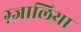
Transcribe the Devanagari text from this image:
ग़्जालिया